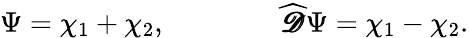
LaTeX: \Psi=\chi_{1}+\chi_{2},\qquad\qquad{\widehat{\pmb{\mathscr{D}}}}\Psi=\chi_{1}-\chi_{2}.